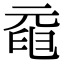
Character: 𠒞